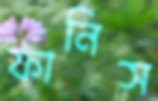
ফানিস